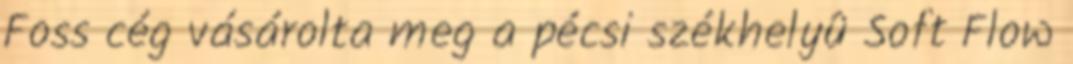
Foss cég vásárolta meg a pécsi székhelyû Soft Flow